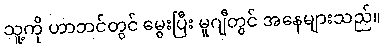
သူ့ကို ဟာဘင်တွင် မွေးပြီး မူဂျီတွင် အနေများသည်။